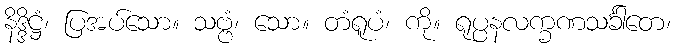
နိဒ္ဒိဋ္ဌံ၊ ပြအပ်သော။ သဗ္ဗံ၊ သော။ တံရူပံ၊ ကို။ ရုပ္ပနလက္ခဏသင်္ခါတေ၊